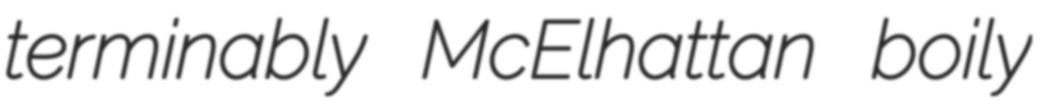
terminably McElhattan boily